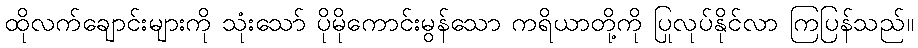
ထိုလက်ချောင်းများကို သုံးသော် ပိုမိုကောင်းမွန်သော ကရိယာတို့ကို ပြုလုပ်နိုင်လာ ကြပြန်သည်။